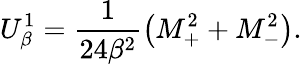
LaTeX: U_{\beta}^{1}=\frac{1}{24\beta^{2}}\left(M_{+}^{2}+M_{-}^{2}\right).